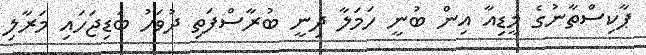
ޕާކިސްތާނުގެ މީޑިއާ އިން ބުނީ ހަމަލާ ދިނީ ބުރާސްފަތި ދުވަހު ބަޑިޖަހައި މަރާލި